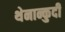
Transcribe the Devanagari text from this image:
थेनान्कुदी